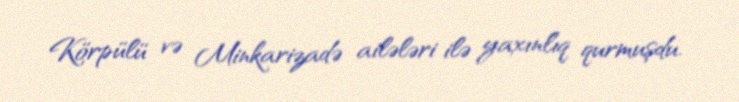
Körpülü və Minkarizadə ailələri ilə yaxınlıq qurmuşdu.